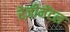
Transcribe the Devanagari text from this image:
रेज़ीमेंटल